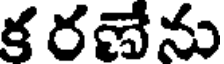
క రణేను